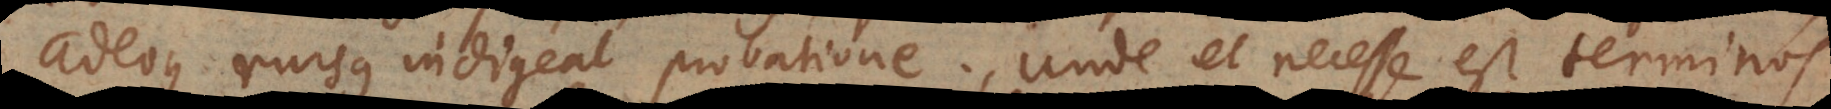
adeoque rursus indigeat probatione. Unde et necesse est terminos